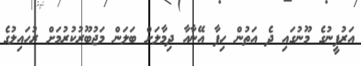
އަރުފީނުގެ މޫނުގައި ދެ އަތުން ހިފާ އޭނާއާ ދިމާލަށް ބަލަން މަޖުބޫރުކުރުމަށް ރުހައިލުގެ